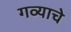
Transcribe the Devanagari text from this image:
गव्याचे